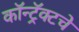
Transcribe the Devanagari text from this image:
कॉन्ट्रॅक्‍टचे